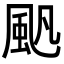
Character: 𩖛